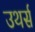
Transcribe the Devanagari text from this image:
उथर्स